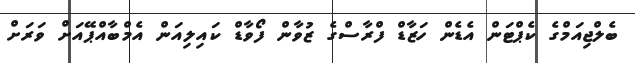
ބެލްޖިއަމްގެ ކެޕްޓަން އެޑެން ހަޒާޑް ފްރާސްގެ ޒުވާން ފޯވާޑް ކައިލިއަން އެމްބާއްޕޭއަށް ވަރަށް